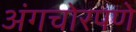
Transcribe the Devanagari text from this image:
अंगचोरपणे